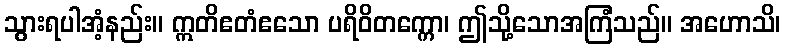
သွားရပါအံ့နည်း။ ဣတိဧတံဧသော ပရိဝိတက္ကော၊ ဤသို့သောအကြံသည်။ အဟောသိ၊